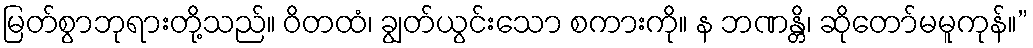
မြတ်စွာဘုရားတို့သည်။ ဝိတထံ၊ ချွတ်ယွင်းသော စကားကို။ န ဘဏန္တိ၊ ဆိုတော်မမူကုန်။”